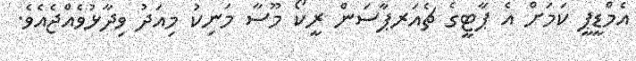
އެމްޑީޕީ ކަމަށް އެ ޕާޓީގެ ޗެއަރޕާސަން ރީކޯ މޫސާ މަނިކު މިއަދު ވިދާޅުވެއްޖެއެވެ.